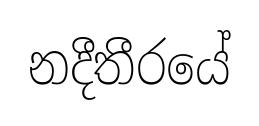
නදීතීරයේ